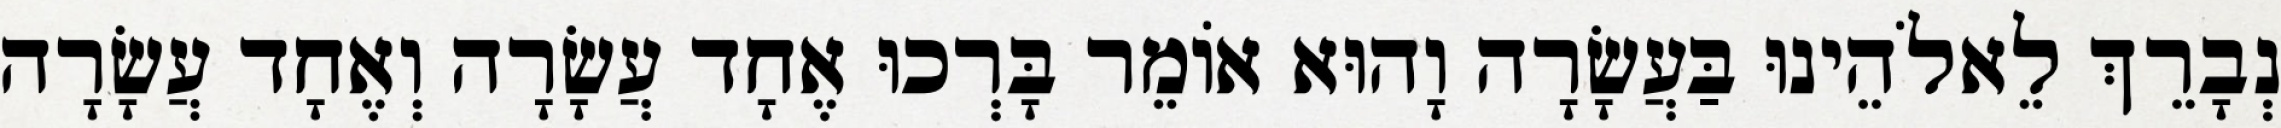
נְבָרֵךְ לֵאלֹהֵינוּ בַּעֲשָׂרָה וָהוּא אוֹמֵר בָּרְכוּ אֶחָד עֲשָׂרָה וְאֶחָד עֲשָׂרָה